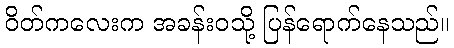
ဝိတ်ကလေးက အခန်းဝသို့ ပြန်ရောက်နေသည်။